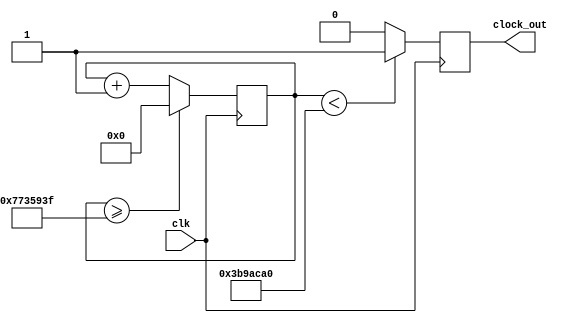
`timescale 1ns / 1ps
module Clock_divider(clk,clock_out);
input clk; // input clock on FPGA
output reg clock_out; // output clock after dividing the input clock by divisor
//output reg [1:0]c_out;
reg[27:0] counter=28'd0;
parameter DIVISOR = 28'd125000000;

always @(posedge clk) begin
counter <= counter + 28'd1;
if(counter>=(DIVISOR-1))
    counter <= 28'd0;
clock_out <= (counter<DIVISOR/2)?1'b1:1'b0;
//c_out <= (clock_out>0)? 2'b10:2'b01;
end
endmodule